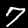
Digit: 7